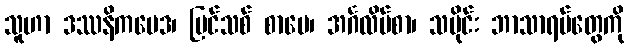
သူဟာ ဒဿနိကဗေဒ၊ ပြင်သစ် စာပေ၊ အင်္ဂလိပ်စာ၊ သမိုင်း ဘာသာရပ်တွေကို